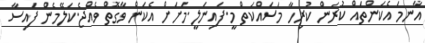
އާނމަ އެކަންތައް ކުރަން ކުރިހާ މަސައްކަތް މީ.ފައިނަލީ.މަށަށް އެކަން ވާގޮތް ވެއްޖެ.ކަލޭމެން ފައިސާ